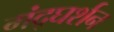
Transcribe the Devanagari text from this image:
मंद्घर्शन